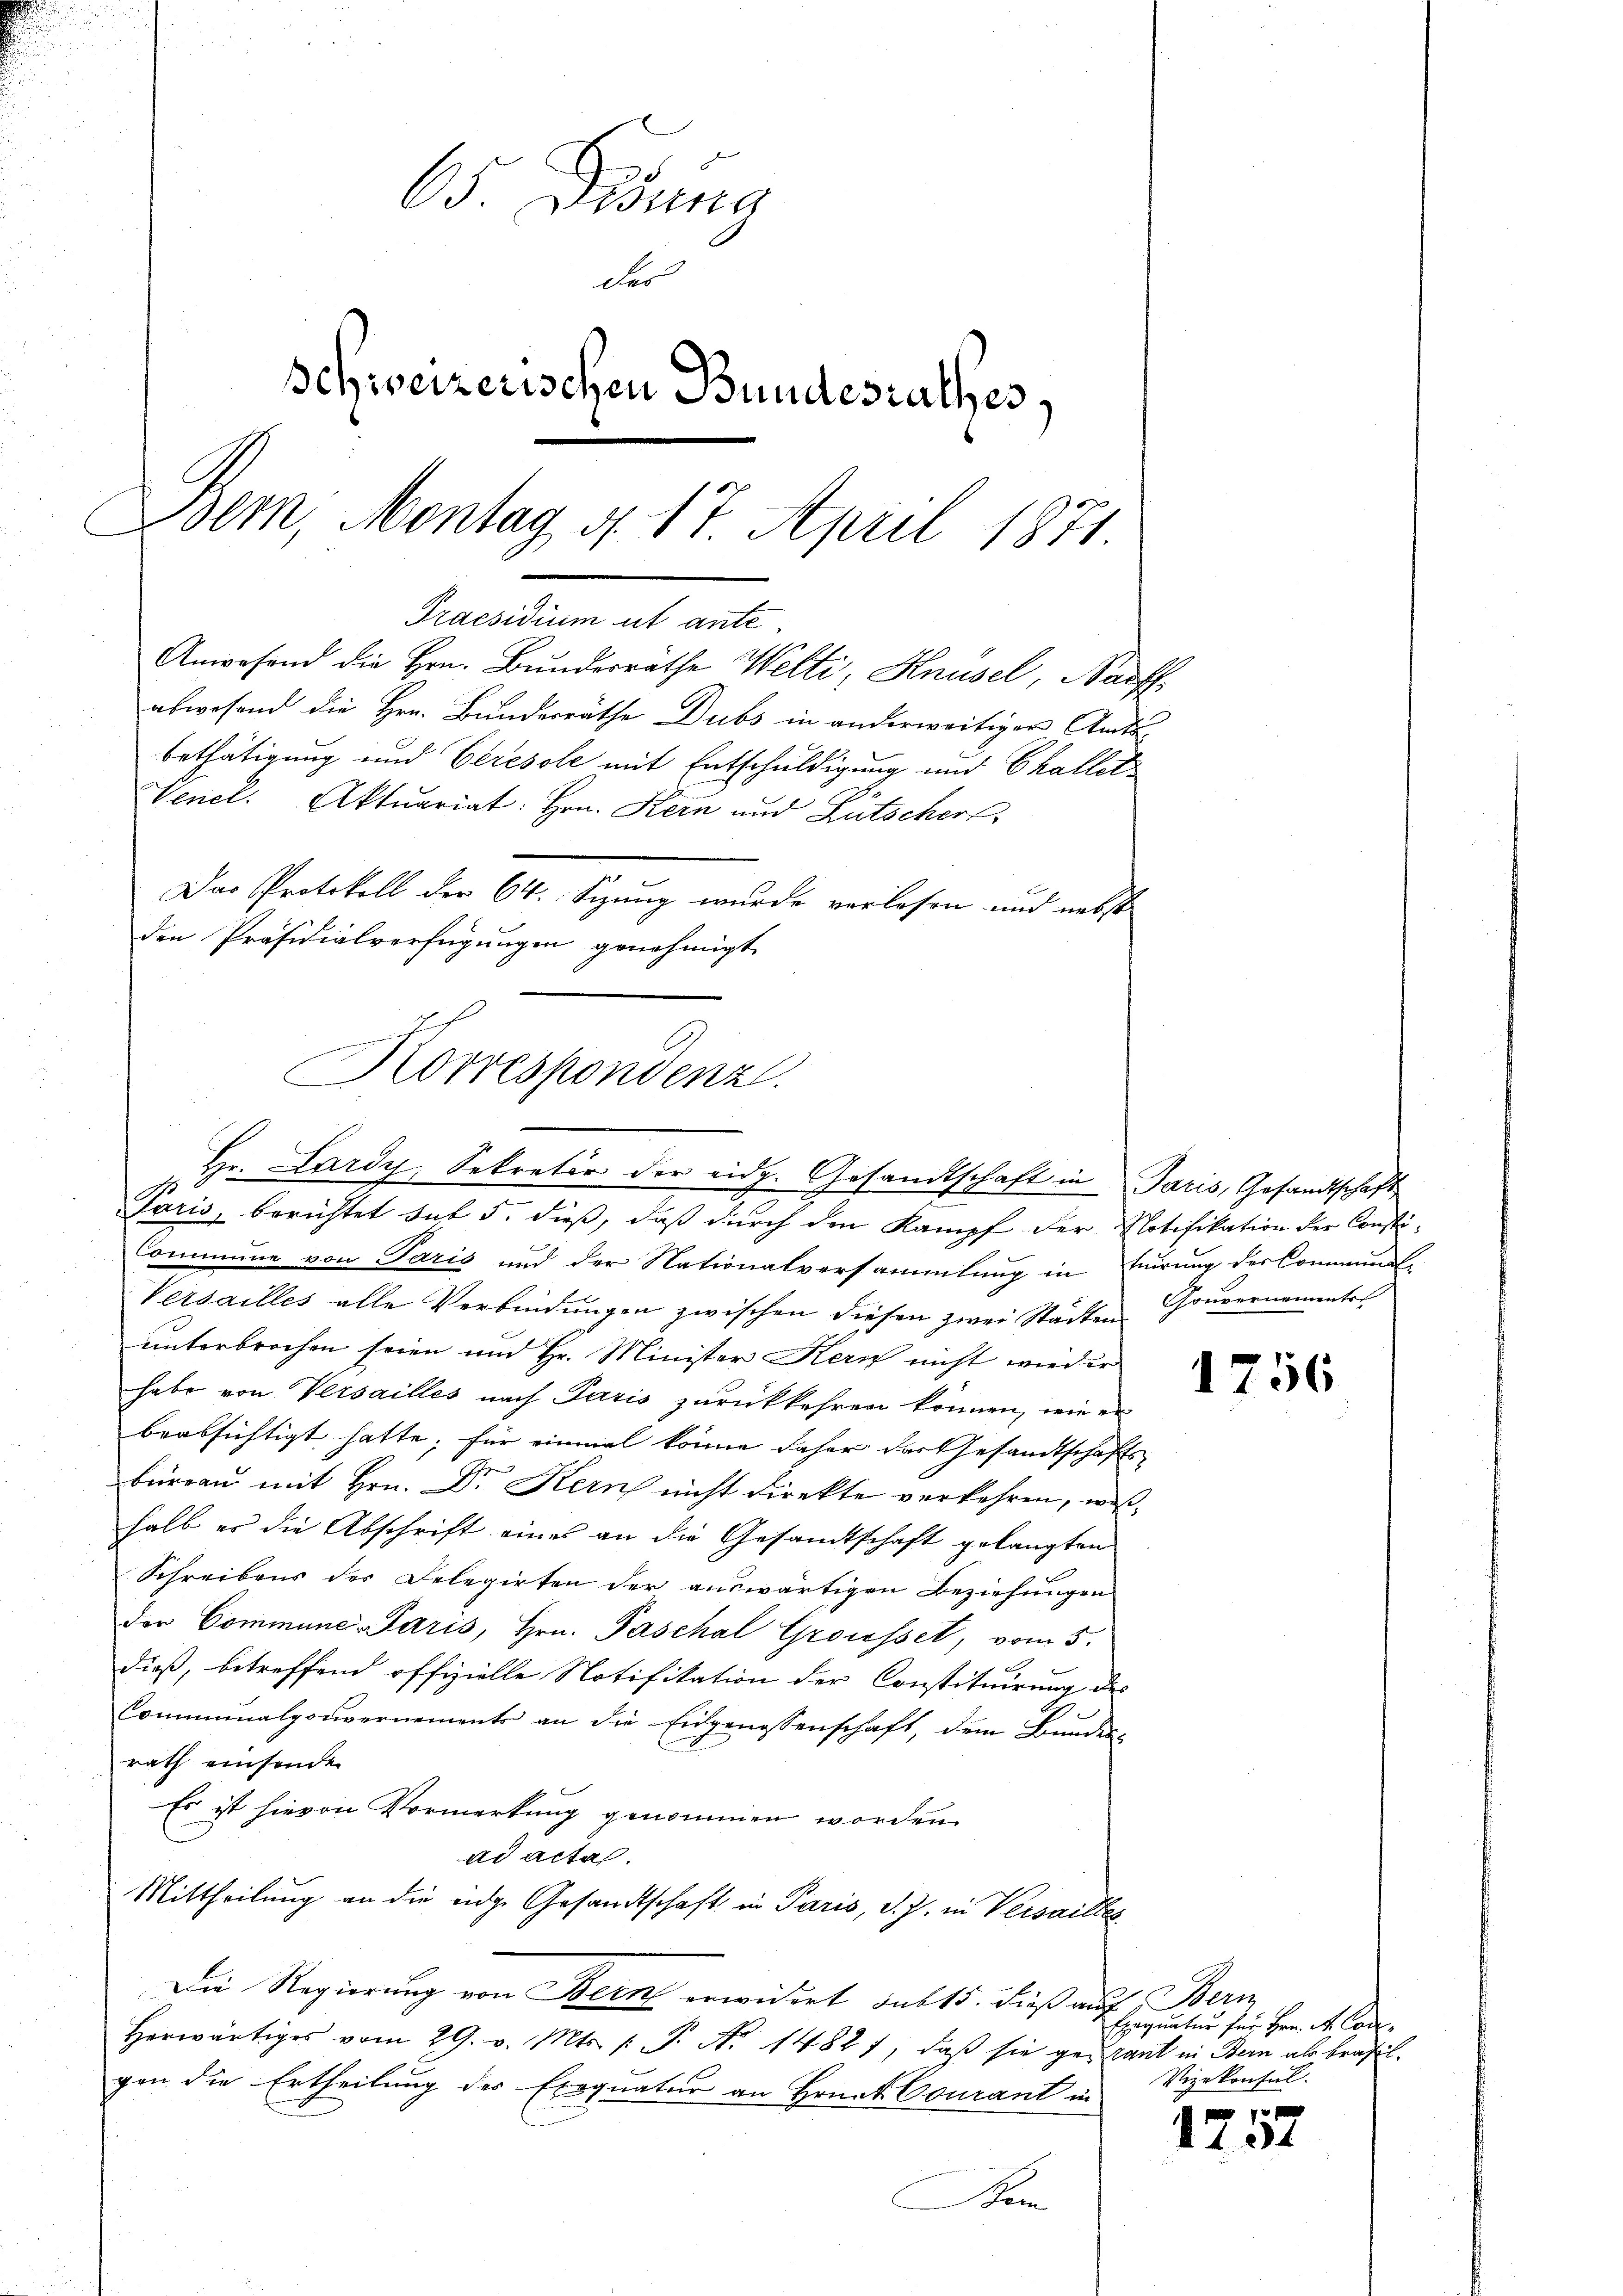
65. Duna
des
Schweizerischen Bundesrathes,
olm, Montag d. 17. April 1871.
Praesidium ut ante¬
Anwesend die Hrn. Bundesräthe Welti, Knüsel, Nauff
abwesend die Hrn. Bundesräthe Dubs in anderweitiger Amtsbethätigung und Ceresole mit Entschuldigung und Challet
Vencl. Aktuariat: Hrn. Kein und Lütscher,
Das Protokoll der 64. Sizung wurde verlesen und nebst
den Präsidialverfügungen genehmigt

Korrespondenz.
Hr. Lardy, Sekretär der eidg. Gesandtschaft in Paris, Gesandtschaft

Paris, berichtet sub 5. dieß, daß durch den Kampf der Notifikation der Consti¬
Commune von Paris und der Nationalversammlung in Feirung der Communge
Versailles alle Verbindungen zwischen diesen zwei Städten
unterbrochen seien und Hr. Minister Kern nicht wieder
habe von Versailles nach Paris zurückkehren können, wie er
beabsichtigt hatte; für einmal könne daher das Gesandtschaftsbüreau mit Hrn. Dr. Kern nicht direkte verkehren, weshalb es die Abschrift eines an die Gesandtschaft gelangten
Schreibens des Delegirten der auswärtigen Beziehungen
der Commune-Paris, Hrn. Paschal Grousset, vom 5.
dieß, betreffend offizielle Notifikation der Constituirung des
Communalgouvernements an die Eidgenossenschaft, dem Bundes-
rath einsenden
Es ist hievon Vormerkung genommen worden.
ad acta.
Mittheilung an die eidge Gesandtschaft in Paris, d. J. in Versailles
Die Regierung von Bern erwidert sub 15. dieß auf Beri
Herwärtiges vom 29. v. Mts. v. J. A. 1482), daβ sie genant in Bern als brasil
gen die Ertheilung des Exequatur an Hrnet Courant in
Bem

Gouvernamentst

1756

Exequatur für Hrn. Mr. Con¬
Vizekonsul

7 x
1731